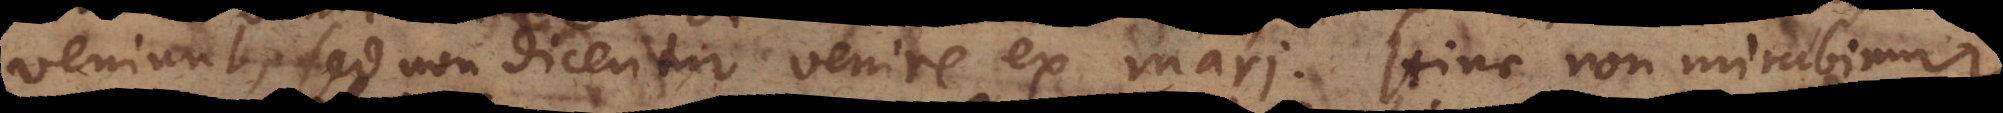
veniunt, sed non dicentur venire ex mari. Hinc non mirabimur